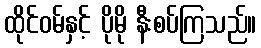
ထိုင်ဝမ်နှင့် ပိုမို နီးစပ်ကြသည်။